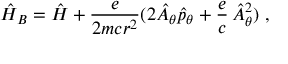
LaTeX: \hat { H } _ { B } = \hat { H } + \frac { e } { 2 m c r ^ { 2 } } ( 2 \hat { A } _ { \theta } \hat { p } _ { \theta } + \frac { e } { c } \, \hat { A } _ { \theta } ^ { 2 } ) \; ,